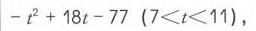
\(-t^{2}+18t - 77\ (7<t<11)\)